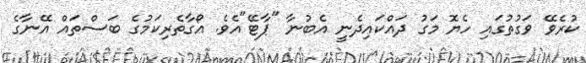
ކުރެވޭ ވަގުތުގައި ހެޔޮ މަގު ދައްކައިދެނީ އެބުނާ "ޕާޓޭ"އެވެ. އޯގާތެރިކަމުގެ ބަސްތައް އޭނާގެ